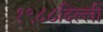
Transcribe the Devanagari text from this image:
१९८८दिल्ली